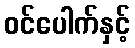
ဝင်ပေါက်နှင့်